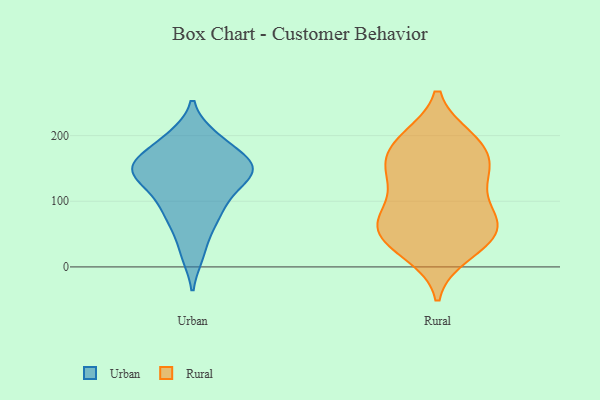
{"axis": {"x": "Website Visitors", "y": "Value"}, "legend": ["Rural", "Urban"], "data": [{"x": "", "y": 78, "type": "Urban"}, {"x": "", "y": 193, "type": "Urban"}, {"x": "", "y": 198, "type": "Urban"}, {"x": "", "y": 19, "type": "Urban"}, {"x": "", "y": 155, "type": "Urban"}, {"x": "", "y": 158, "type": "Urban"}, {"x": "", "y": 144, "type": "Urban"}, {"x": "", "y": 143, "type": "Urban"}, {"x": "", "y": 144, "type": "Urban"}, {"x": "", "y": 160, "type": "Urban"}, {"x": "", "y": 64, "type": "Urban"}, {"x": "", "y": 108, "type": "Urban"}, {"x": "", "y": 109, "type": "Urban"}, {"x": "", "y": 146, "type": "Rural"}, {"x": "", "y": 152, "type": "Rural"}, {"x": "", "y": 180, "type": "Rural"}, {"x": "", "y": 41, "type": "Rural"}, {"x": "", "y": 27, "type": "Rural"}, {"x": "", "y": 94, "type": "Rural"}, {"x": "", "y": 193, "type": "Rural"}, {"x": "", "y": 59, "type": "Rural"}, {"x": "", "y": 78, "type": "Rural"}, {"x": "", "y": 134, "type": "Rural"}, {"x": "", "y": 75, "type": "Rural"}, {"x": "", "y": 71, "type": "Rural"}, {"x": "", "y": 157, "type": "Rural"}, {"x": "", "y": 20, "type": "Rural"}, {"x": "", "y": 196, "type": "Rural"}, {"x": "", "y": 134, "type": "Rural"}, {"x": "", "y": 194, "type": "Rural"}, {"x": "", "y": 51, "type": "Rural"}, {"x": "", "y": 53, "type": "Rural"}]}